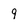
Character: 9